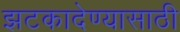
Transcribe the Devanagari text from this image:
झटकादेण्यासाठी